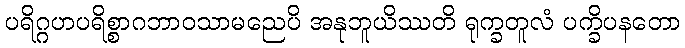
ပရိဂ္ဂဟပရိစ္စာဂဘာဝသာမညေပိ အနုဘူယိဿတိ ရုက္ခတူလံ ပက္ခိပနတော